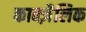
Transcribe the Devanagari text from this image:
काक्ज़ैलिक